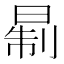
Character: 𪰮